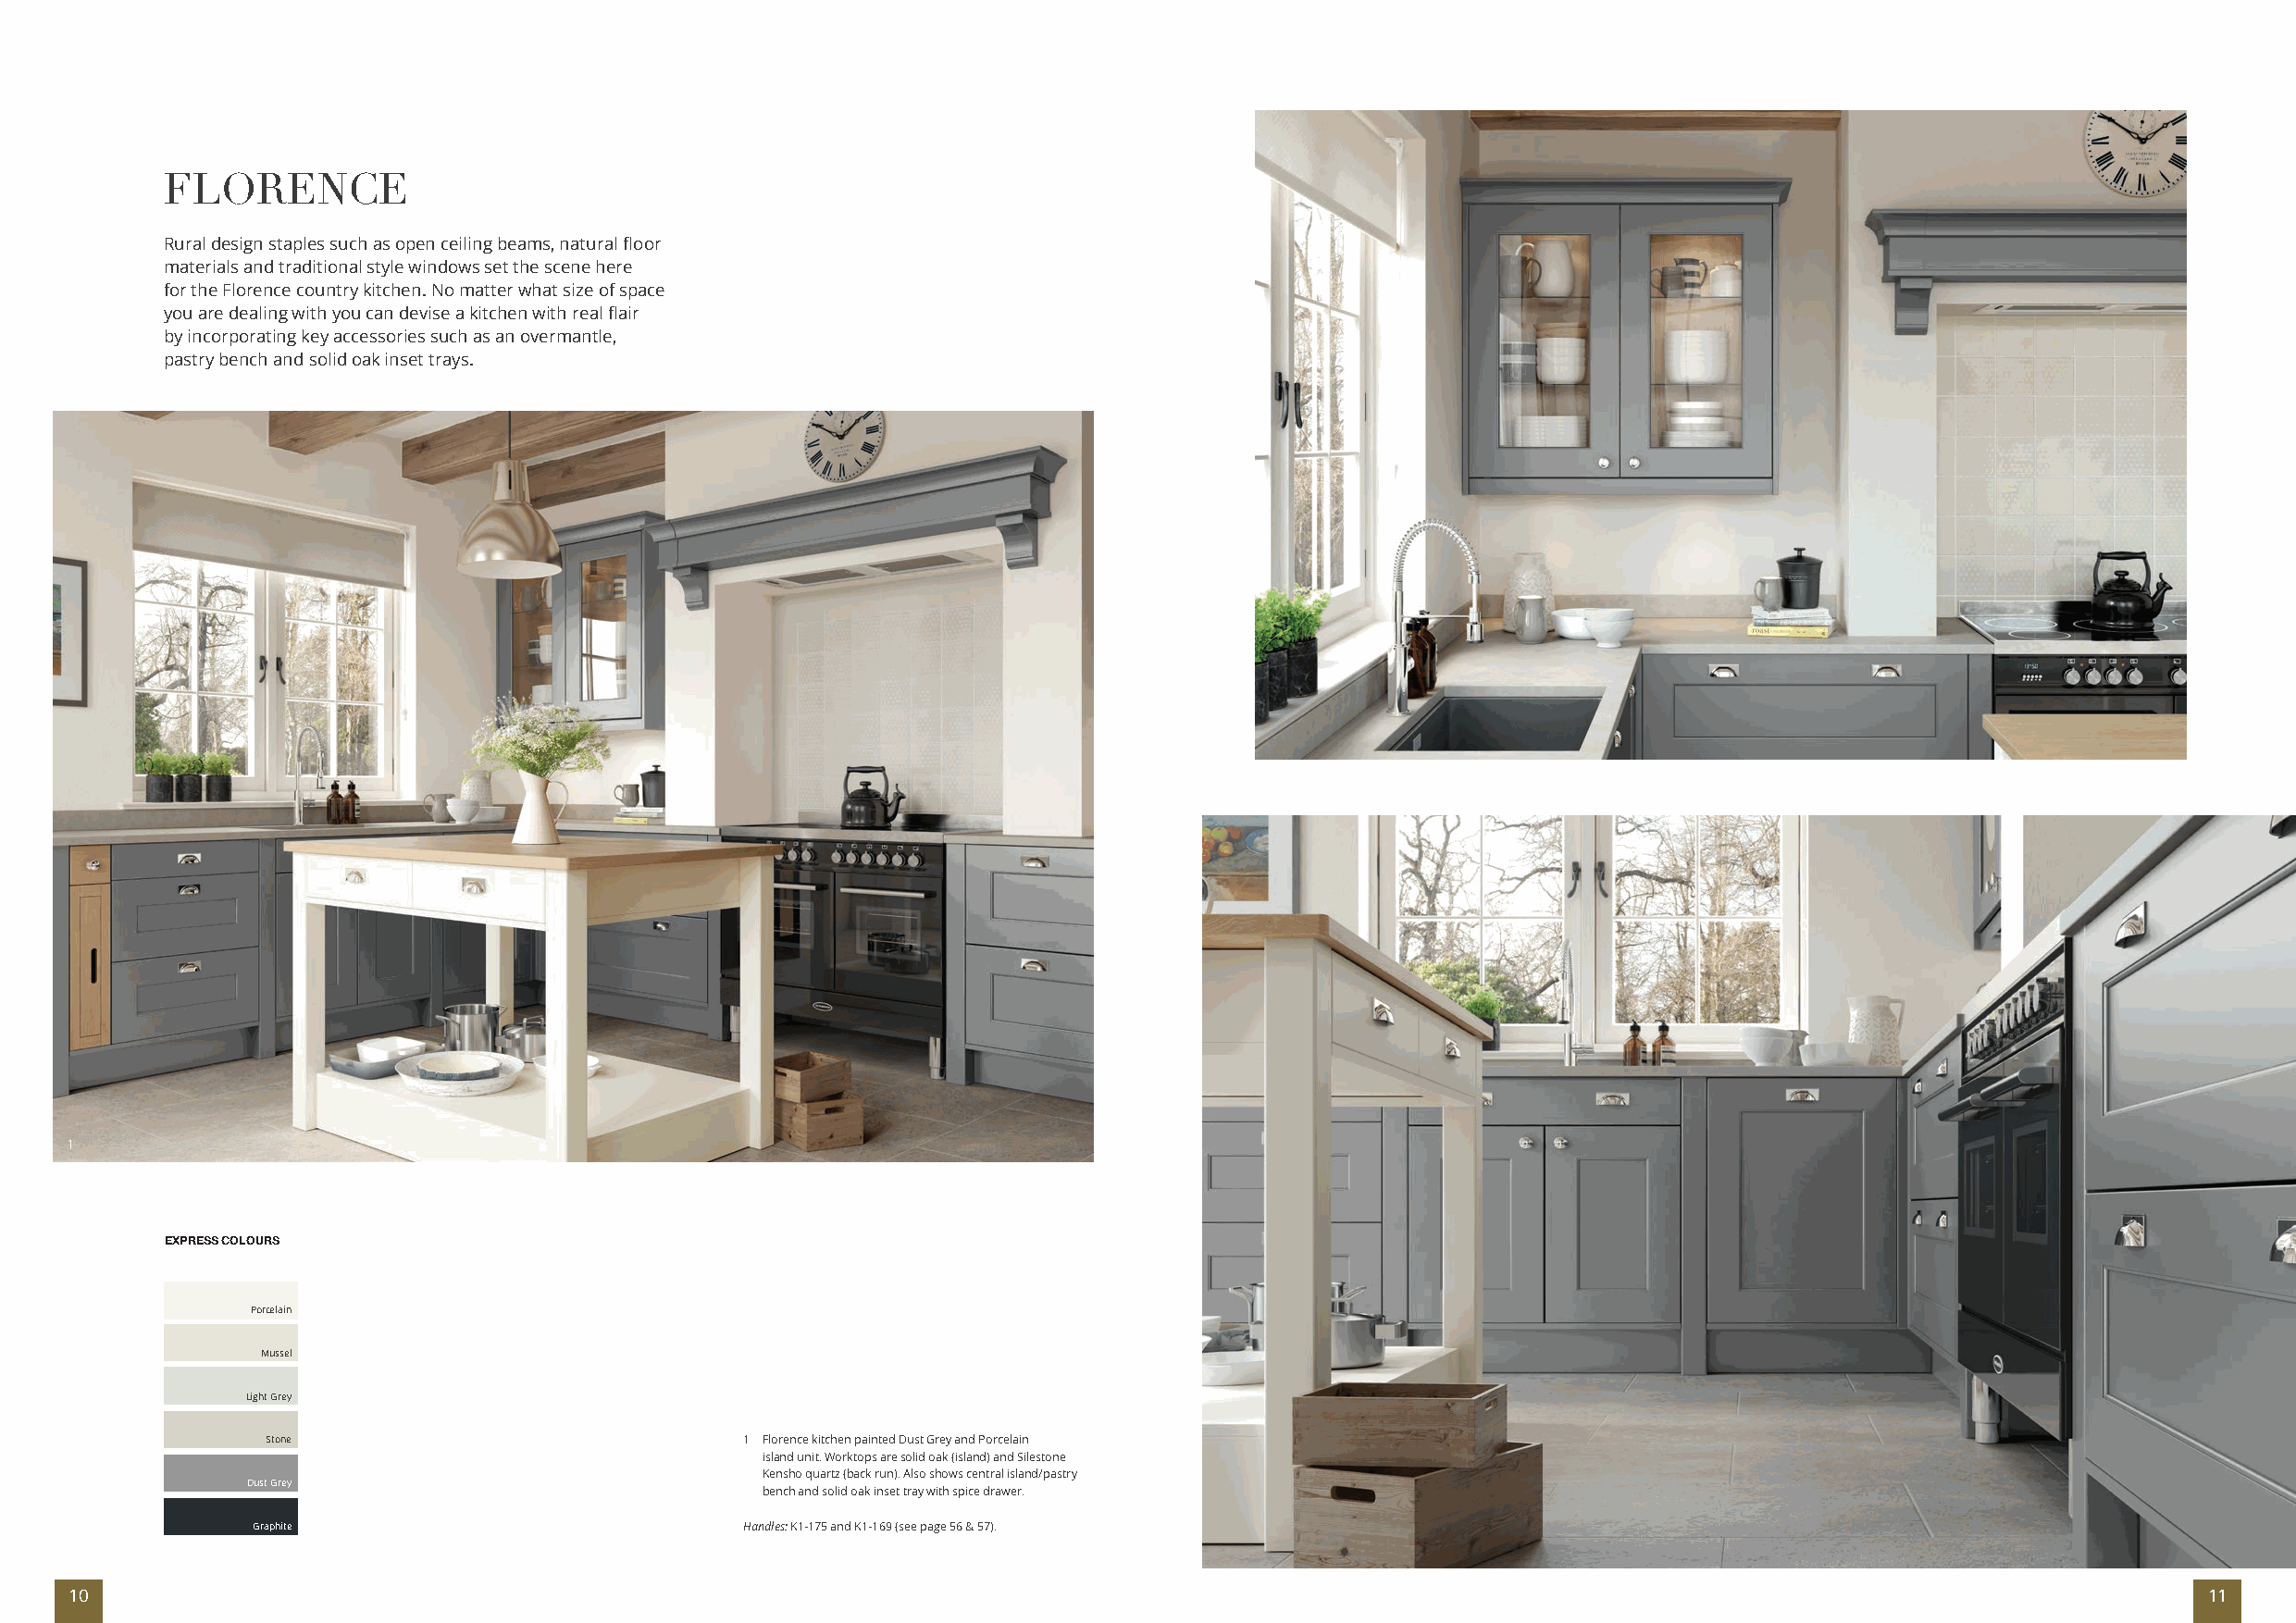
FLORENCE
 Rural design staples such as open ceiling beams, natural floor
 materials and traditional style windows set the scene here
 for the Florence country kitchen. No matter what size of space
 you are dealing with you can devise a kitchen with real flair
 by incorporating key accessories such as an overmantle,
 pastry bench and solid oak inset trays.
 1
 1
 EXPRESS COLOURS
 Porcelain
 Mussel
 Light Grey
 Stone                             1 Florence kitchen painted Dust Grey and Porcelain
 island unit. Worktops are solid oak (island) and Silestone
 Kensho quartz (back run). Also shows central island/pastry
 Dust Grey
 bench and solid oak inset tray with spice drawer.
 Graphite                           Handles: K1-175 and K1-169 (see page 56 & 57).
 10                                                                                                                                                       11